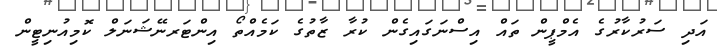
އަދި ސަރުކާރުގެ އެމްޕީން ތައް އިސްނަގައިގެން ކުރާ ޒާތުގެ ކަމެއްތޯ އިންޓަރނޭޝަނަލް ކޮމިއުނިޓީން